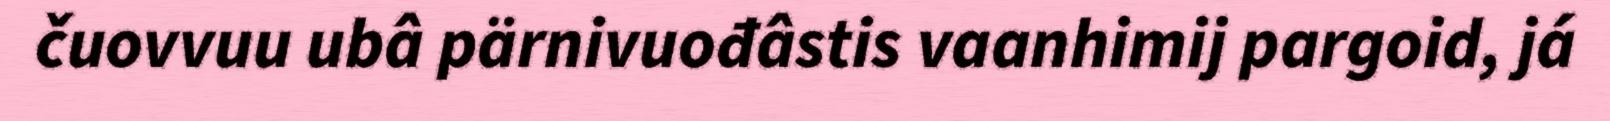
čuovvuu ubâ pärnivuođâstis vaanhimij pargoid, já